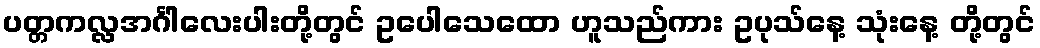
ပတ္တကလ္လအင်္ဂါလေးပါးတို့တွင် ဥပေါသေထော ဟူသည်ကား ဥပုသ်နေ့ သုံးနေ့ တို့တွင်